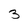
Character: 3